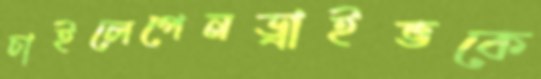
চাইলেপেনড্রাইভকে